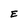
Character: E